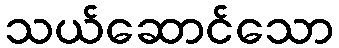
သယ်ဆောင်သော